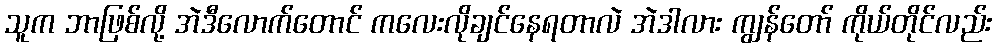
သူက ဘာဖြစ်လို့ အဲဒီလောက်တောင် ကလေးလိုချင်နေရတာလဲ အဲဒါလား ကျွန်တော် ကိုယ်တိုင်လည်း